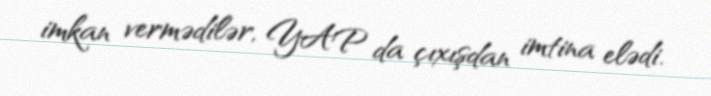
imkan vermədilər, YAP da çıxışdan imtina elədi.